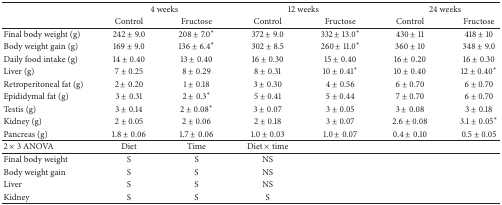
<table><thead><tr><td rowspan="2"><b> </b></td><td colspan="2"><b>4 weeks</b></td><td colspan="2"><b>12 weeks</b></td><td colspan="2"><b>24 weeks </b></td></tr><tr><td><b>Control</b></td><td><b>Fructose</b></td><td><b>Control</b></td><td><b>Fructose</b></td><td><b>Control</b></td><td><b>Fructose</b></td></tr></thead><tbody><tr><td>Final body weight (g)</td><td>242 ± 9.0</td><td>208 ± 7.0<sup><i>∗</i></sup></td><td>372 ± 9.0</td><td>332 ± 13.0<sup><i>∗</i></sup></td><td>430 ± 11</td><td>418 ± 10</td></tr><tr><td>Body weight gain (g)</td><td>169 ± 9.0</td><td>136 ± 6.4<sup><i>∗</i></sup></td><td>302 ± 8.5</td><td>260 ± 11.0<sup><i>∗</i></sup></td><td>360 ± 10</td><td>348 ± 9.0</td></tr><tr><td>Daily food intake (g)</td><td> 14 ± 0.40</td><td>13 ± 0.40</td><td>16 ± 0.30</td><td>15 ± 0.40</td><td>16 ± 0.20</td><td>16 ± 0.30</td></tr><tr><td>Liver (g)</td><td>7 ± 0.25</td><td>8 ± 0.29</td><td>8 ± 0.31</td><td>10 ± 0.41<sup><i>∗</i></sup></td><td>10 ± 0.40</td><td>12 ± 0.40<sup><i>∗</i></sup></td></tr><tr><td>Retroperitoneal fat (g)</td><td>2 ± 0.20</td><td>1 ± 0.18</td><td>3 ± 0.30</td><td>4 ± 0.56</td><td>6 ± 0.70</td><td>6 ± 0.70</td></tr><tr><td>Epididymal fat (g)</td><td>3 ± 0.31</td><td>2 ± 0.3<sup><i>∗</i></sup></td><td>5 ± 0.41</td><td>5 ± 0.44</td><td>7 ± 0.70</td><td>6 ± 0.70</td></tr><tr><td>Testis (g)</td><td>3 ± 0.14</td><td>2 ± 0.08<sup><i>∗</i></sup></td><td>3 ± 0.07</td><td>3 ± 0.05</td><td>3 ± 0.08</td><td>3 ± 0.18</td></tr><tr><td>Kidney (g)</td><td>2 ± 0.05</td><td>2 ± 0.06</td><td>2 ± 0.18</td><td>3 ± 0.07</td><td>2.6 ± 0.08</td><td>3.1 ± 0.05<sup><i>∗</i></sup></td></tr><tr><td>Pancreas (g)</td><td>1.8 ± 0.06</td><td> 1.7 ± 0.06</td><td>1.0 ± 0.03</td><td>1.0 ± 0.07</td><td>0.4 ± 0.10</td><td>0.5 ± 0.05</td></tr><tr><td>2 × 3 ANOVA</td><td>Diet</td><td>Time</td><td>Diet × time</td><td> </td><td> </td><td> </td></tr><tr><td>Final body weight</td><td>S</td><td>S</td><td>NS</td><td> </td><td> </td><td> </td></tr><tr><td>Body weight gain</td><td>S </td><td>S</td><td>NS</td><td> </td><td> </td><td> </td></tr><tr><td>Liver</td><td>S</td><td>S</td><td>NS</td><td> </td><td> </td><td> </td></tr><tr><td>Kidney </td><td>S</td><td>S</td><td>S</td><td> </td><td> </td><td> </td></tr></tbody></table>